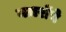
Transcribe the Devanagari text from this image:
नज़रोंने